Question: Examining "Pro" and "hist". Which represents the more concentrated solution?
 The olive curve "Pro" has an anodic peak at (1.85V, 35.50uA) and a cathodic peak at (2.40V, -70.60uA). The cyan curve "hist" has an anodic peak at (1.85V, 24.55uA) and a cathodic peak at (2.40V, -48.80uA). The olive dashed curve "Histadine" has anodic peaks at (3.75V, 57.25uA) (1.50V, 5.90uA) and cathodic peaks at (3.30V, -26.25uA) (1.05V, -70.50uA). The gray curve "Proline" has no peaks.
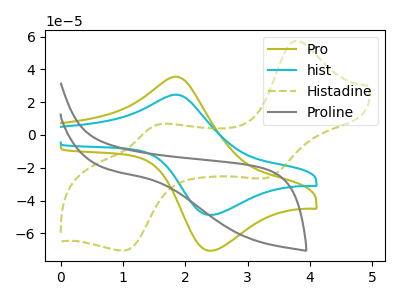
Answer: <think>All the peaks in "Pro" have a peak in "hist" at the same potential. Every peak in "Pro" is higher than every peak in "hist".
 </think>
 <answer>"Pro" has more signal than "hist" and so likely has a higher concentration.</answer>
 <eval>more_concentration</eval>